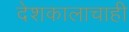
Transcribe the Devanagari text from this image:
देशकालाचाही